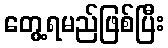
တွေ့ရမည်ဖြစ်ပြီး